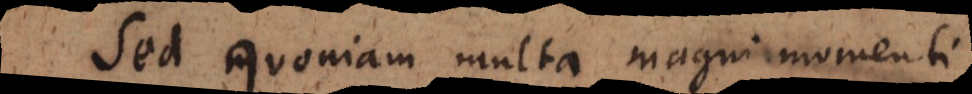
Sed quoniam multa magni momenti